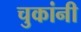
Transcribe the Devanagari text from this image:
चुकांनी